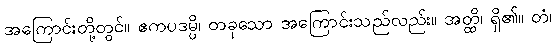
အကြောင်းတို့တွင်။ ဧကပဒမ္ပိ၊ တခုသော အကြောင်းသည်လည်း။ အတ္ထိ၊ ရှိ၏။ တံ၊